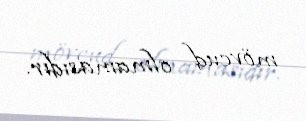
mövcud olmamasıdır.